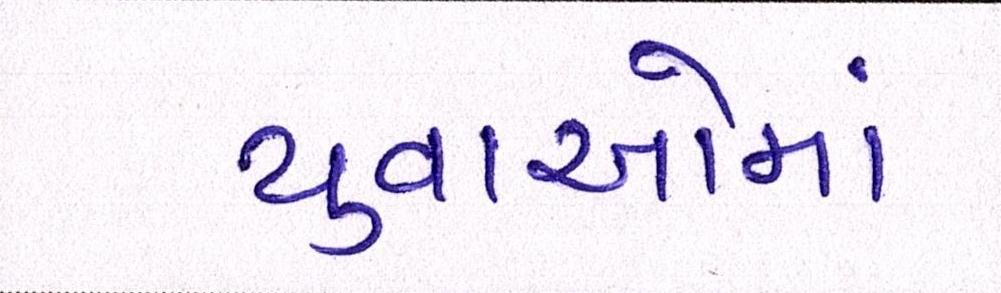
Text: યુવાઓમાં